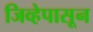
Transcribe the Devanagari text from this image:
जिव्हेपासून